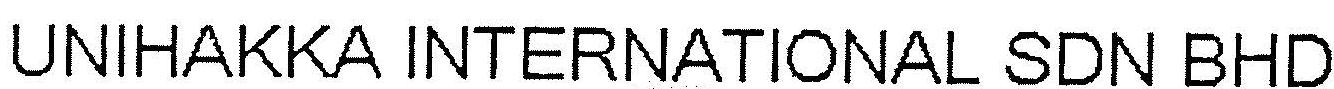
UNIHAKKA INTERNATIONAL SDN BHD